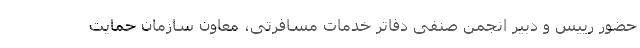
حضور رییس و دبیر انجمن صنفی دفاتر خدمات مسافرتی، معاون سازمان حمایت